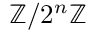
\mathbb { Z } / 2 ^ { n } \mathbb { Z }